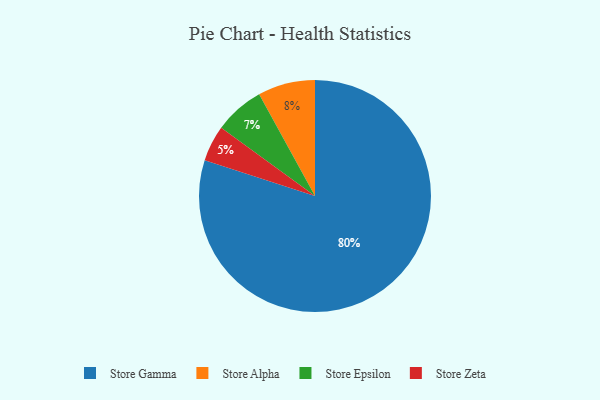
{"axis": {"x": "Category", "y": "Percentage"}, "legend": ["Store Alpha", "Store Epsilon", "Store Gamma", "Store Zeta"], "data": [{"x": "Store Alpha", "y": 8, "type": "Store Alpha"}, {"x": "Store Epsilon", "y": 7, "type": "Store Epsilon"}, {"x": "Store Gamma", "y": 80, "type": "Store Gamma"}, {"x": "Store Zeta", "y": 5, "type": "Store Zeta"}]}